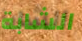
الشابة